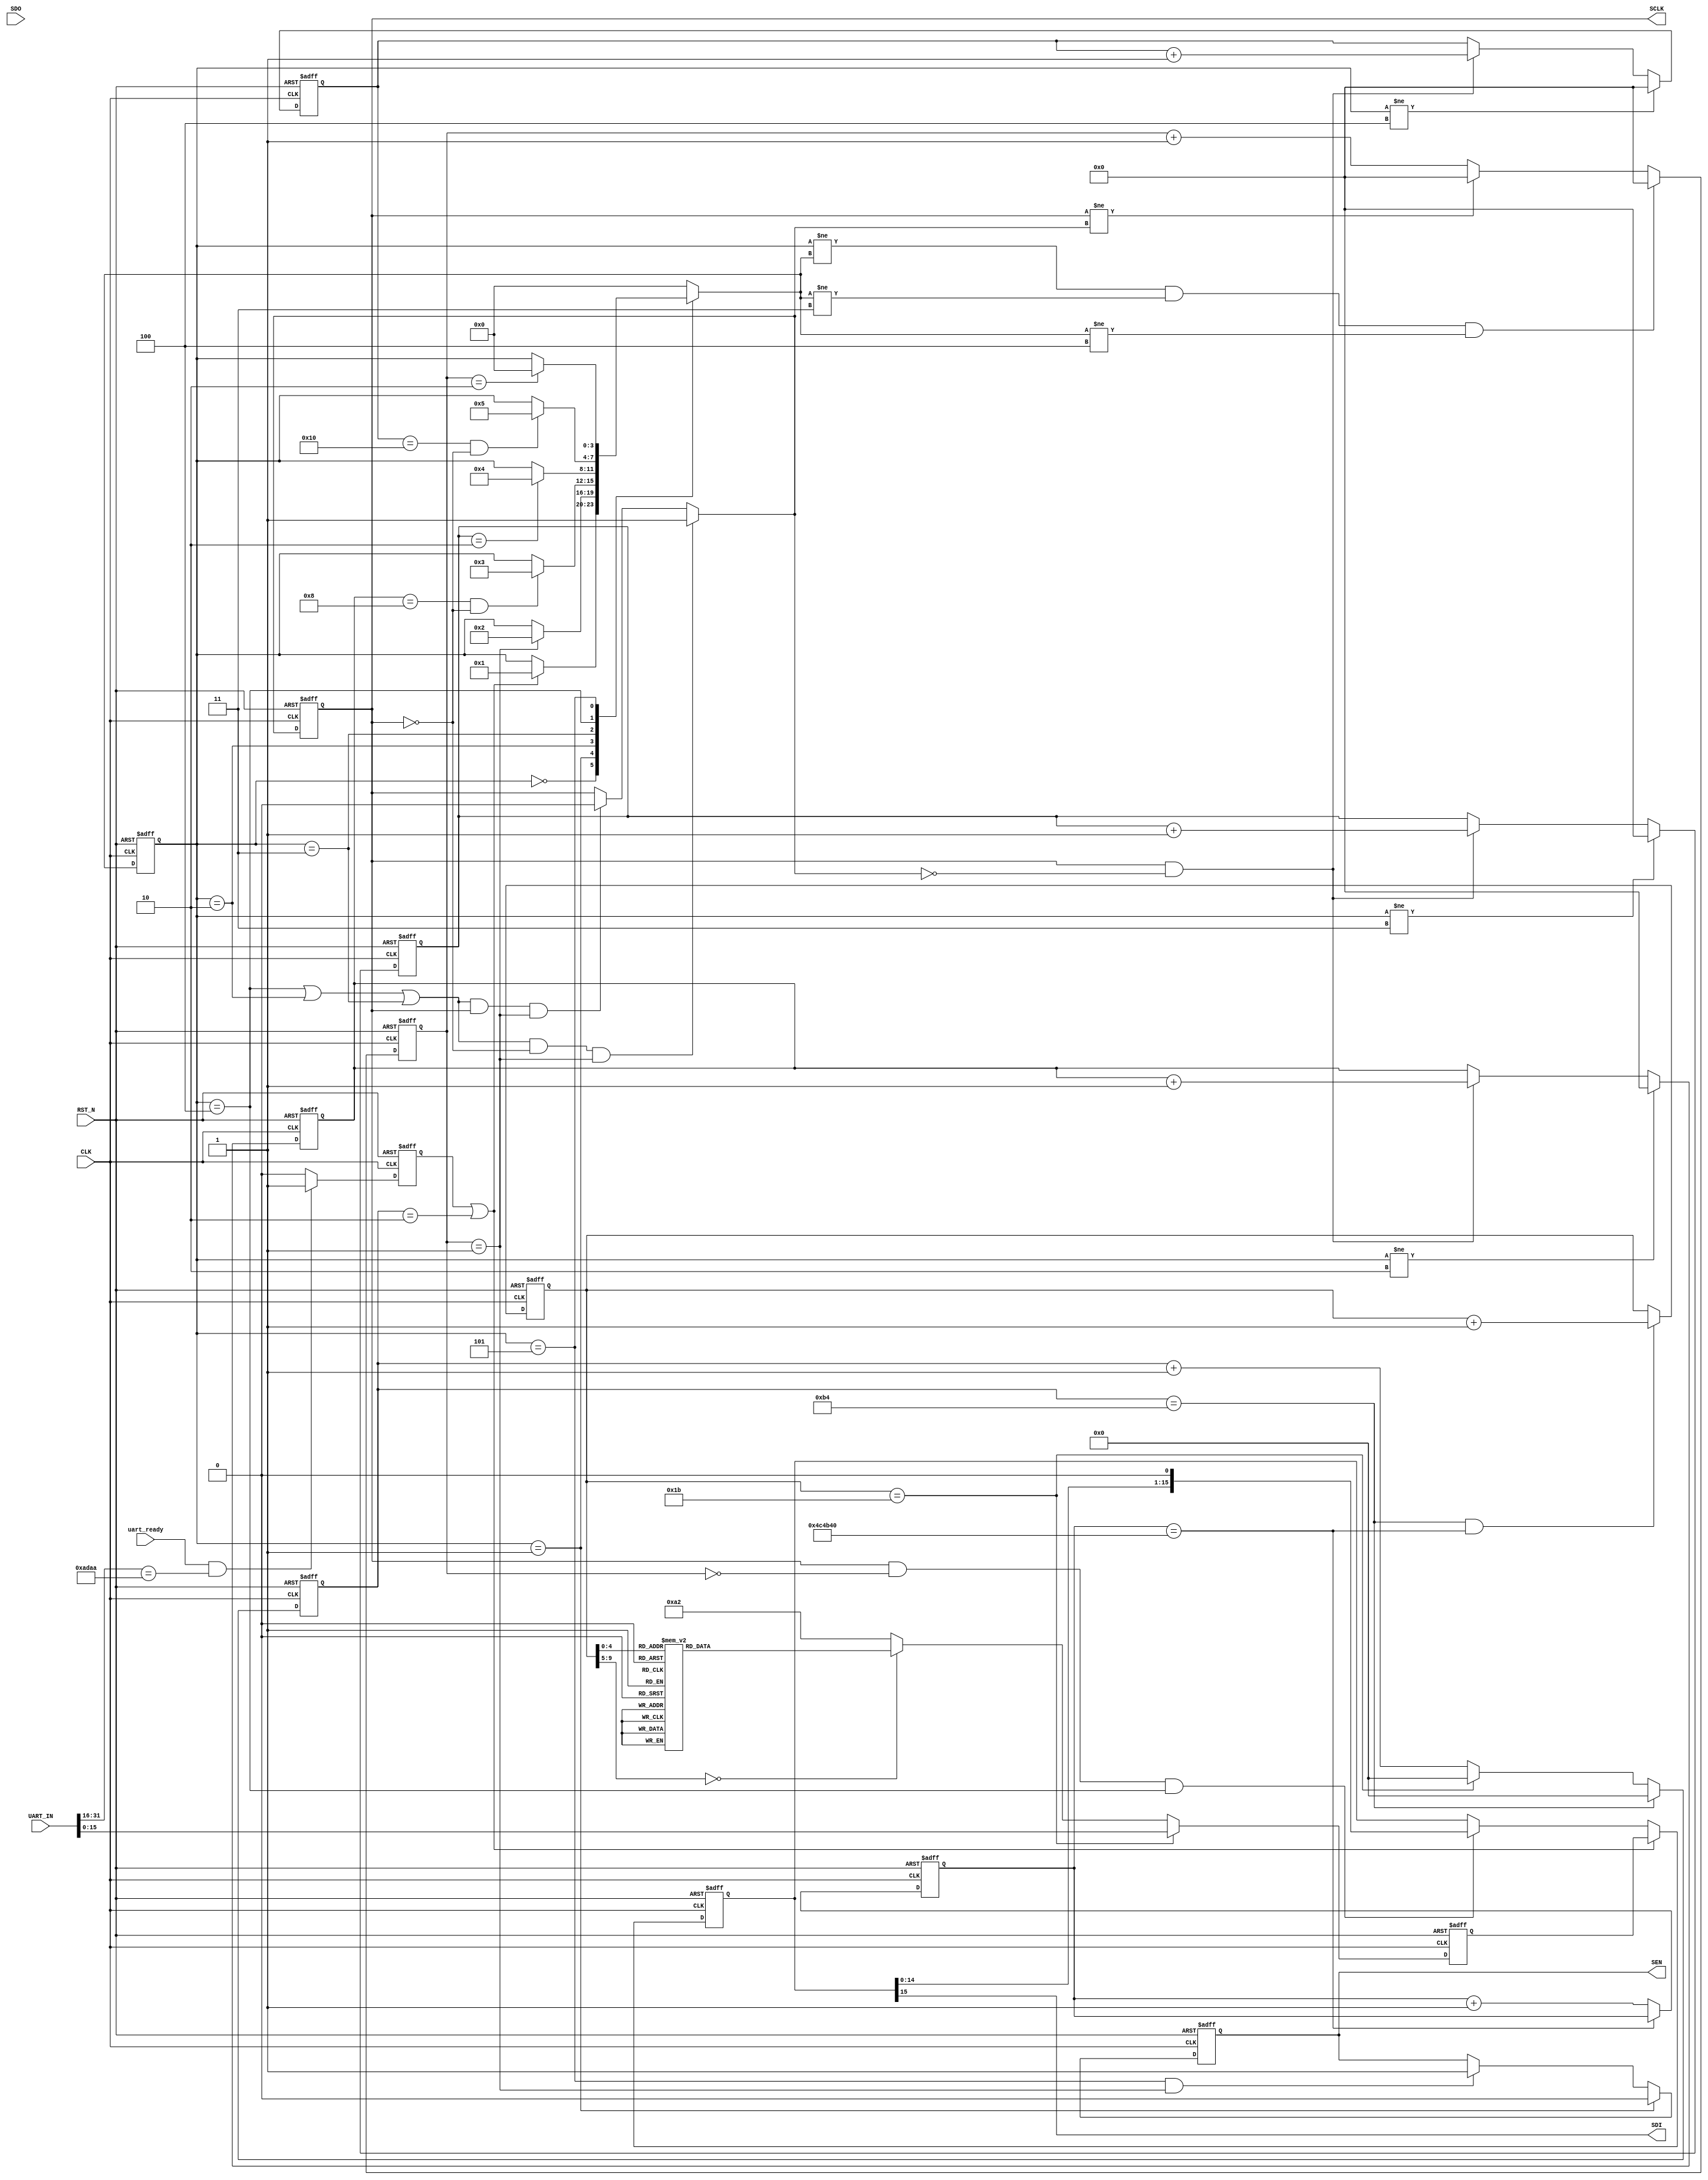

`timescale 1ns / 1ps

module LM98725_SPI_Module #(
    parameter ADDRESS = 16'HADAA
) (
    input             CLK,
    input             RST_N,
    input      [31:0] UART_IN,
    input             uart_ready,
    output reg        SCLK,
    output reg        SEN,
    output            SDI,
    input             SDO
);

  reg  [ 3:0] STATE_CS;  //
  reg  [ 3:0] STATE_NS;  //
  reg  [ 4:0] sdi_bit_cnt;  //
  reg  [ 4:0] sdi_bit_cnt_n;
  reg  [ 4:0] sdo_bit_cnt;  //
  reg  [ 4:0] sdo_bit_cnt_n;
  reg  [15:0] sdi_shift;  //,SDI 
  reg  [15:0] sdi_shift_n;  //SDI_shift

  reg         uart_req;
  wire        initial_req;
  wire        UpdateReq;
  //    reg              stop;
  //    reg stop_n;
  wire        stop;
  reg         stop_n1;
  reg         stop_n2;
  reg  [ 7:0] start_cnt;
  reg  [ 7:0] start_cnt_n;
  reg  [ 9:0] period_cnt;
  reg  [ 9:0] period_cnt_n;

  reg  [ 4:0] time_cnt;  //
  reg  [ 4:0] time_cnt_n;
  reg  [ 4:0] delay_cnt;  //
  reg  [ 4:0] delay_cnt_n;
  reg         SCLK_N;  //SCLK
  reg         SEN_N;  //SEN
  reg  [ 7:0] DATA_OUT_N;  //DATA_OUT
  reg  [15:0] DATA_IN;

  parameter STATE_IDLE = 4'h0;  //
  parameter STATE_READY = 4'h1;  //,SEN
  parameter STATE_RECEIVE = 4'h2;  //,8
  parameter STATE_TRANSFORM = 4'h3;  //,
  parameter STATE_SEND = 4'h4;  //,16
  parameter STATE_FINISH = 4'h5;  //,SEN

  reg  [29:0] begin_cnt;
  reg  [29:0] begin_cnt_n;

  reg  [ 7:0] DATA_OUT;
  wire        UpdateDone;
  wire        locked;
  wire        CLK_300M;
  //   wire RST_N;

  /* 1000ms,  (10*10^3)us / (1/50)us */
  parameter SET_TIME_10MS = 30'd5_000_000;
  /* ,delay_cnt */
  always @(posedge CLK or negedge RST_N) begin
    if (!RST_N) begin_cnt <= 30'd0;
    else begin_cnt <= begin_cnt_n;
  end

  /* ,10ms, */
  always @(*) begin
    if (begin_cnt == SET_TIME_10MS) begin_cnt_n = begin_cnt;
    else begin_cnt_n <= begin_cnt + 1'b1;
  end

  //,time_cnt
  always @(posedge CLK or negedge RST_N) begin
    if (!RST_N)  //
      start_cnt <= 8'd0;  //time_cnt
    else start_cnt <= start_cnt_n;  //time_cnt
  end

  //,
  always @(*) begin
    if (start_cnt == 8'd180)  //
      start_cnt_n = 8'd0;  //,
    else if (stop) start_cnt_n = 8'd0;
    else start_cnt_n = start_cnt + 8'd1;  //1
  end

  assign initial_req = (start_cnt == 8'd2);  //

  //,time_cnt
  always @(posedge CLK or negedge RST_N) begin
    if (!RST_N)  //
      period_cnt <= 10'd0;  //time_cnt
    else period_cnt <= period_cnt_n;  //time_cnt
  end

  //,
  always @(*) begin
    if (start_cnt == 8'd180 && begin_cnt == SET_TIME_10MS)  //
      period_cnt_n = period_cnt + 10'd1;  //,
    else period_cnt_n = period_cnt;  //1
  end

  assign stop = (period_cnt == 10'd27);

  //,time_cnt
  always @(posedge CLK or negedge RST_N) begin
    if (!RST_N)  //
      time_cnt <= 5'h0;  //time_cnt
    else time_cnt <= time_cnt_n;  //time_cnt
  end

  //,
  always @(*) begin
    if ((STATE_CS != STATE_NS) && (STATE_NS != STATE_TRANSFORM) && (STATE_NS != STATE_SEND))  //
      time_cnt_n = 5'h0;  //,
    else if (SCLK != SCLK_N)  //
      time_cnt_n = 5'h0;  //,
    else time_cnt_n = time_cnt + 5'h1;  //1
  end

  //,delay_cnt
  always @(posedge CLK or negedge RST_N) begin
    if (!RST_N)  //
      delay_cnt <= 4'h0;  //delay_cnt
    else delay_cnt <= delay_cnt_n;  //delay_cnt
  end

  //,
  always @(*) begin
    if (STATE_CS != STATE_TRANSFORM)  //
      delay_cnt_n = 4'h0;  //,delay_cnt_n0
    else if (SCLK && (!SCLK_N))  //
      delay_cnt_n = delay_cnt + 4'h1;  //SCLK,delay_cnt_n1
    else delay_cnt_n = delay_cnt;  //
  end


  //,sdi_bit_cnt
  always @(posedge CLK or negedge RST_N) begin
    if (!RST_N)  //
      sdi_bit_cnt <= 5'h0;  //bit_cnt
    else sdi_bit_cnt <= sdi_bit_cnt_n;  //bit_cnt
  end

  //,
  always @(*) begin
    if (STATE_CS != STATE_SEND)  //
      sdi_bit_cnt_n = 5'h0;  //,bit_cnt_n0
    else if (SCLK && (!SCLK_N))  //
      sdi_bit_cnt_n = sdi_bit_cnt + 5'h1;  //SCLK,bit_cnt_n1
    else sdi_bit_cnt_n = sdi_bit_cnt;  //
  end

  //,sdo_bit_cnt
  always @(posedge CLK or negedge RST_N) begin
    if (!RST_N)  //
      sdo_bit_cnt <= 5'h0;  //sdo_bit_cnt
    else sdo_bit_cnt <= sdo_bit_cnt_n;  //sdo_bit_cnt
  end

  //,
  always @(*) begin
    if (STATE_CS != STATE_RECEIVE)  //
      sdo_bit_cnt_n = 5'h0;  //,bit_cnt_n0
    else if (SCLK && (!SCLK_N))  //
      sdo_bit_cnt_n = sdo_bit_cnt + 5'h1;  //SCLK,bit_cnt_n1
    else sdo_bit_cnt_n = sdo_bit_cnt;  //
  end

  //,sdi_shift
  always @(posedge CLK or negedge RST_N) begin
    if (!RST_N)  //
      sdi_shift <= 16'h0;  //shift_reg
    else sdi_shift <= sdi_shift_n;  //shift_reg
  end

  //,,DATA_INsdi_shift
  always @(*) begin
    if (UpdateReq)  //
      sdi_shift_n = DATA_IN;  //1,DATA_IN
    else if (SCLK && (time_cnt == 5'h0) && (STATE_CS == STATE_SEND))  //SCLK,
      sdi_shift_n = {sdi_shift[14:0], 1'h0};  //SCLK,
    else sdi_shift_n = sdi_shift;  //
  end

  //,DATA_OUT
  always @(posedge CLK or negedge RST_N) begin
    if (!RST_N)  //
      DATA_OUT <= 8'b0;  //DATA_OUT
    else DATA_OUT <= DATA_OUT_N;  //DATA_OUT
  end

  //,,SDODATA_OUT
  always @(*) begin
    if (UpdateReq)  //
      DATA_OUT_N = 8'b0;  //DATA_OUT
    else if (SCLK && (time_cnt == 5'h0) && (STATE_CS == STATE_RECEIVE))  //SCLK
      DATA_OUT_N = {DATA_OUT[6:0], SDO};  //SCLK,
    else DATA_OUT_N = DATA_OUT;  //
  end

  assign SDI = sdi_shift[15];
  //---------------------------------------------------------------------------
  //--    
  //---------------------------------------------------------------------------

  //,STATE_CS
  always @(posedge CLK or negedge RST_N) begin
    if (!RST_N)  //
      STATE_CS <= STATE_IDLE;  //STATE_CS
    else STATE_CS <= STATE_NS;  //STATE_CS
  end

  //,
  always @(*) begin
    case (STATE_CS)  //
      STATE_IDLE:
      if (UpdateReq)  //
        STATE_NS = STATE_READY;  //1,
      else if (begin_cnt != SET_TIME_10MS) STATE_NS = STATE_CS;  //
      else STATE_NS = STATE_CS;  //

      STATE_READY:
      if (time_cnt == 5'h1)  //
        STATE_NS = STATE_RECEIVE;  //
      else STATE_NS = STATE_CS;  //

      STATE_RECEIVE:
      if ((sdo_bit_cnt == 5'h8) && (!SCLK))  //8
        STATE_NS = STATE_TRANSFORM;  //
      else STATE_NS = STATE_CS;  //

      STATE_TRANSFORM:
      if (delay_cnt == 5'h2)  //SCLK
        STATE_NS = STATE_SEND;  //
      else STATE_NS = STATE_CS;  //

      STATE_SEND:
      if ((sdi_bit_cnt == 5'h10) && (!SCLK))  //16
        STATE_NS = STATE_FINISH;  //
      else STATE_NS = STATE_CS;  //

      STATE_FINISH:
      if (time_cnt == 4'h2)  //
        STATE_NS = STATE_IDLE;  //,
      else STATE_NS = STATE_CS;  //

      default: STATE_NS = STATE_IDLE;
    endcase
  end

  //,SEN
  always @(posedge CLK or negedge RST_N) begin
    if (!RST_N)  //
      SEN <= 1'h1;  //SEN
    else SEN <= SEN_N;  //SEN
  end

  //,SEN
  always @(*) begin
    if (STATE_CS == STATE_READY)  //
      SEN_N = 1'h0;  //,SEN_N0
    else if ((STATE_CS == STATE_FINISH) && (time_cnt == 5'h1))  //
      SEN_N = 1'h1;  //1,SEN_N1
    else SEN_N = SEN;  //
  end

  //,SCLK
  always @(posedge CLK or negedge RST_N) begin
    if (!RST_N)  //
      SCLK <= 1'h0;  //SCLK
    else SCLK <= SCLK_N;  //SCLK
  end

  //,SCLK
  always @(*) begin
    if (((STATE_CS == STATE_SEND) || (STATE_CS == STATE_RECEIVE) || (STATE_CS == STATE_TRANSFORM)) && (!SCLK) && (time_cnt == 5'h1))  //
      SCLK_N = 1'h1;  //,DA_CLK
    else if (((STATE_CS == STATE_SEND) || (STATE_CS == STATE_RECEIVE) || (STATE_CS == STATE_TRANSFORM)) && (SCLK) && (time_cnt == 5'h1))  //
      SCLK_N = 1'h0;  //,DA_CLK
    else SCLK_N = SCLK;  //
  end

  assign UpdateDone = (STATE_CS == STATE_FINISH);  //

  always @(posedge CLK or negedge RST_N) begin
    if (!RST_N) uart_req <= 1'd0;
    else if (uart_ready && (UART_IN[31:16] == ADDRESS)) uart_req <= 1'd1;
    else uart_req <= 1'd0;
  end

  assign UpdateReq = (uart_req || initial_req);

  always @(posedge CLK or negedge RST_N) begin
    if (!RST_N) DATA_IN = 16'h0;
    else if (stop) DATA_IN = UART_IN[15:0];
    else begin
      case (period_cnt)  //cnt0cnt
        //PAGE 0
        0: DATA_IN = {8'h00, 8'b1010_0010};  //
        1: DATA_IN = {8'h00, 8'b1010_0010};
        2: DATA_IN = {8'h02, 8'b0100_0010};  //OSR
        3: DATA_IN = {8'h03, 8'h86};  //
        4: DATA_IN = {8'h04, 8'b0000_0000};  //Main Configuration 4 :CLPIN Enable
        5: DATA_IN = {8'h05, 8'b0100_0000};  //Main Configuration 5 :Output Enable
        6: DATA_IN = {8'h06, 8'b0000_0001};  //TEST PATTERN


        7:  DATA_IN = {8'h08, 8'h0F};  //OSR CLAMP Start Edge
        7:  DATA_IN = {8'h08, 8'h0F};  //OSR CLAMP Start Edge
        8:  DATA_IN = {8'h09, 8'h13};  //OSR CLAMP Stop Edge      
        9:  DATA_IN = {8'h0A, 8'h00};  //OSG CLAMP Start Edge
        10: DATA_IN = {8'h0B, 8'h04};  //OSG CLAMP Stop Edge
        11: DATA_IN = {8'h0E, 8'h00};  //OSR Sample Start Edge              
        12: DATA_IN = {8'h0F, 8'h04};  //OSR Sample Stop Edge              
        13: DATA_IN = {8'h10, 8'h10};  //OSG Sample Start Edge               
        14: DATA_IN = {8'h11, 8'h14};  //OSG Sample Stop Edge              
        15: DATA_IN = {8'h1F, 8'b0000_0001};  //to PAGE 1

        16: DATA_IN = {8'h00, 8'h00};  //CDS Gain Mode              
        //17:DATA_IN = {8'h01,8'hBD};//Red PGA    
        17: DATA_IN = {8'h01, 8'h61};  //Red PGA    
        18: DATA_IN = {8'h02, 8'hB2};  //Green PGA;              
        //19:DATA_IN = {8'h04,8'h75};//Red even DAC MSB   
        19: DATA_IN = {8'h04, 8'h70};  //Red even DAC MSB               
        20: DATA_IN = {8'h05, 8'b0000_0000};
        21: DATA_IN = {8'h06, 8'h72};  //Green even DAC MSB              
        22: DATA_IN = {8'h07, 8'h00};
        23: DATA_IN = {8'h10, 8'h40};  //Red Even digital offset
        24: DATA_IN = {8'h11, 8'h40};  //Green Even digital offset
        25: DATA_IN = {8'h1F, 8'b0000_0000};  //to PAGE 1

        26: DATA_IN = {8'h00, 8'b1010_0011};  //locked
        27: DATA_IN = {8'h00, 8'b1010_0011};  //last cnt       
        //PAGE 1
        default: DATA_IN = {8'h00, 8'b1010_0010};

      endcase
    end
  end

  //,SEN
  always @(*) begin
    if (STATE_CS == STATE_READY)  //
      SEN_N = 1'h0;  //,SEN_N0
    else if ((STATE_CS == STATE_FINISH) && (time_cnt == 5'h1))  //
      SEN_N = 1'h1;  //1,SEN_N1
    else SEN_N = SEN;  //
  end

endmodule